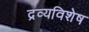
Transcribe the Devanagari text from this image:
द्रव्यविशेष